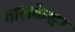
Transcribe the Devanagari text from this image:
वालकेश्वर